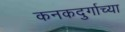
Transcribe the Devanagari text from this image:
कनकदुर्गाच्या